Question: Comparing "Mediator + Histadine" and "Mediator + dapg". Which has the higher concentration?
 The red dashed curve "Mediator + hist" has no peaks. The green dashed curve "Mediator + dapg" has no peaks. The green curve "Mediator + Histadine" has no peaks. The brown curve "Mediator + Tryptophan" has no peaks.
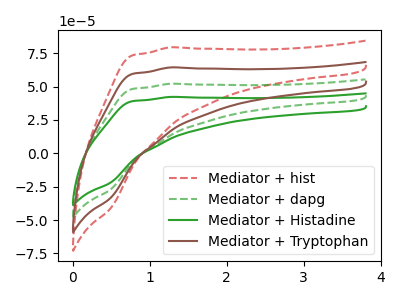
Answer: <think>Neither "Mediator + Histadine" or "Mediator + dapg" have any peaks.
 </think>
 <answer>I cant tell if "Mediator + Histadine" or "Mediator + dapg" has higher concentration.</answer>
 <eval>mixed_concentration</eval>